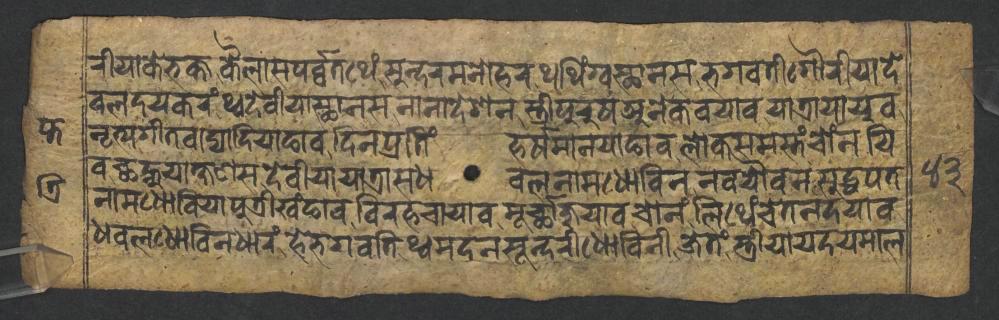
𑐬𑐷𑐫𑐵𑐎𑐾𑐨𑐎𑑂𑐟𑐎𑐿𑐮𑐵𑐳𑐥𑐬𑑂𑐰𑑂𑐰𑐟𑐠𑐾𑑄𑐳𑐸𑐣𑑂𑐡𑐬𑐩𑐣𑑀𑐴𑐬𑐠𑐠𑐶𑑄𑐐𑑂𑐰𑐳𑑂𑐠𑐵𑐣𑐳𑐨𑐐𑑂𑐰𑐟𑐷𑐐𑑁𑐬𑐷𑐫𑐵𑐡𑐾 𑐰𑐮𑐡𑐫𑐎𑐬𑑄𑐠𑑂𑐰𑐡𑐾𑐰𑐷𑐫𑐵𑐳𑑂𑐠𑐵𑐣𑐳𑐣𑐵𑐣𑐵𑐡𑐾𑐱𑐣𑐳𑑂𑐟𑑂𑐬𑐷𑐥𑐸𑐬𑐸𑐲𑐀𑐣𑐾𑐎𑐰𑐫𑐵𑐰𑐫𑐵𑐟𑑂𑐬𑐵𑐫𑐵𑐫𑐸𑐰 𑐣𑐺𑐟𑑂𑐫𑐐𑐷𑐟𑐰𑐵𑐡𑑂𑐫𑐵𑐡𑐶𑐫𑐵𑐒𑐵𑐰𑐡𑐶𑐣𑐥𑑂𑐬𑐟𑐶𑑄𑐴𑐬𑑂𑐲𑐩𑐵𑐣𑐫𑐵𑐒𑐵𑐰𑐮𑑀𑐎𑐳𑐩𑐳𑑂𑐟𑑄𑐔𑑀𑑄𑐣𑐫𑐶 𑐰𑐕𑐣𑑂𑐴𑐸𑐫𑐵𑐎𑑂𑐲𑐞𑐳𑐡𑐾𑐰𑐷𑐫𑐵𑐫𑐵𑐟𑑂𑐬𑐵𑐳𑐢𑐰𑐮𑐣𑐵𑐩𑐢𑑀𑐧𑐶𑐣𑐣𑐰𑐫𑑁𑐰𑐣𑐳𑐸𑐡𑑂𑐢𑐥𑐟 𑐣𑐵𑐩𑐢𑑀𑐧𑐶𑐫𑐵𑐥𑐸𑐟𑑂𑐬𑐷𑐏𑑄𑐒𑐵𑐰𑐰𑐶𑐬𑐴𑐔𑐵𑐫𑐵𑐰𑐩𑐹𑐬𑑂𑐕𑐵𑐖𑐸𑐫𑐵𑐰𑐔𑑀𑐣𑑄𑐮𑐶𑐠𑐾𑑄𑐔𑐾𑐟𑐣𑐡𑐫𑐵𑐰 𑐢𑐰𑐮𑐢𑑀𑐧𑐶𑐣𑐢𑐵𑐬𑑄𑐴𑐾𑐨𑐐𑐰𑐟𑐶𑐠𑑂𑐰𑐩𑐡𑐣𑐳𑐹𑐣𑑂𑐡𑐬𑐷𑐢𑑀𑐧𑐶𑐣𑐷𑐖𑐾𑐟𑑄𑐳𑑂𑐟𑑂𑐬𑐷𑐫𑐵𑐫𑐡𑐫𑐩𑐵𑐮